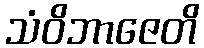
သံဝိဘာဇေတိ